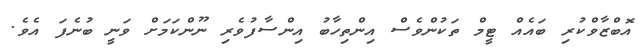
އޮބްޒާވްކުރި ބައެއް ޓީމް ތަކުންވެސް އިންތިހާބު އިންސާފުވެރި ނޫންކަމަށް ވަނީ ބުނެފަ އެވެ.